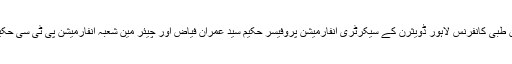
ان خیالات کا اظہار پاکستان طبی کانفرنس لاہور ڈویثرن کے سیکرٹری انفارمیشن پروفیسر حکیم سید عمران فیاض اور چیئر مین شعبہ انفارمیشن پی ٹی سی حکیم محمد افضل میو نے کیا ۔